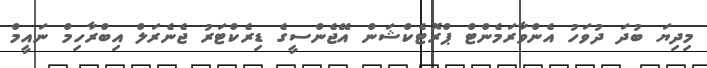
މިދިޔަ ބުދަ ދުވަހު އެންވާރަމެންޓް ޕްރޮޓެކްޝަން އޭޖެންސީގެ ޑިރެކްޓަރު ޖެނެރަލް އިބްރާހިމް ނައީމް